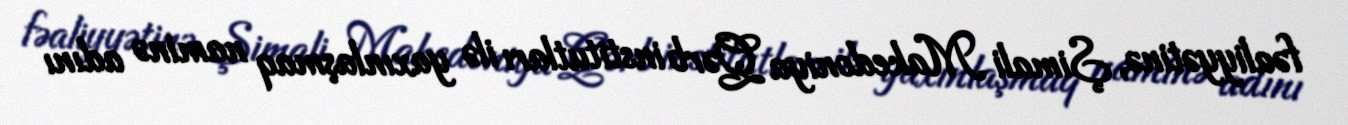
fəaliyyətinə, Şimali Makedoniya Qərb institutları ilə yaxınlaşmaq naminə adını